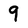
Character: 9